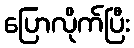
ပြောလိုက်ပြီး